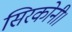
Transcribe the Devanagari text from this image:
सिरकोनी।